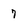
Character: 7